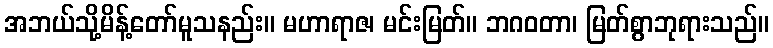
အဘယ်သို့မိန့်တော်မူသနည်း။ မဟာရာဇ၊ မင်းမြတ်။ ဘဂဝတာ၊ မြတ်စွာဘုရားသည်။